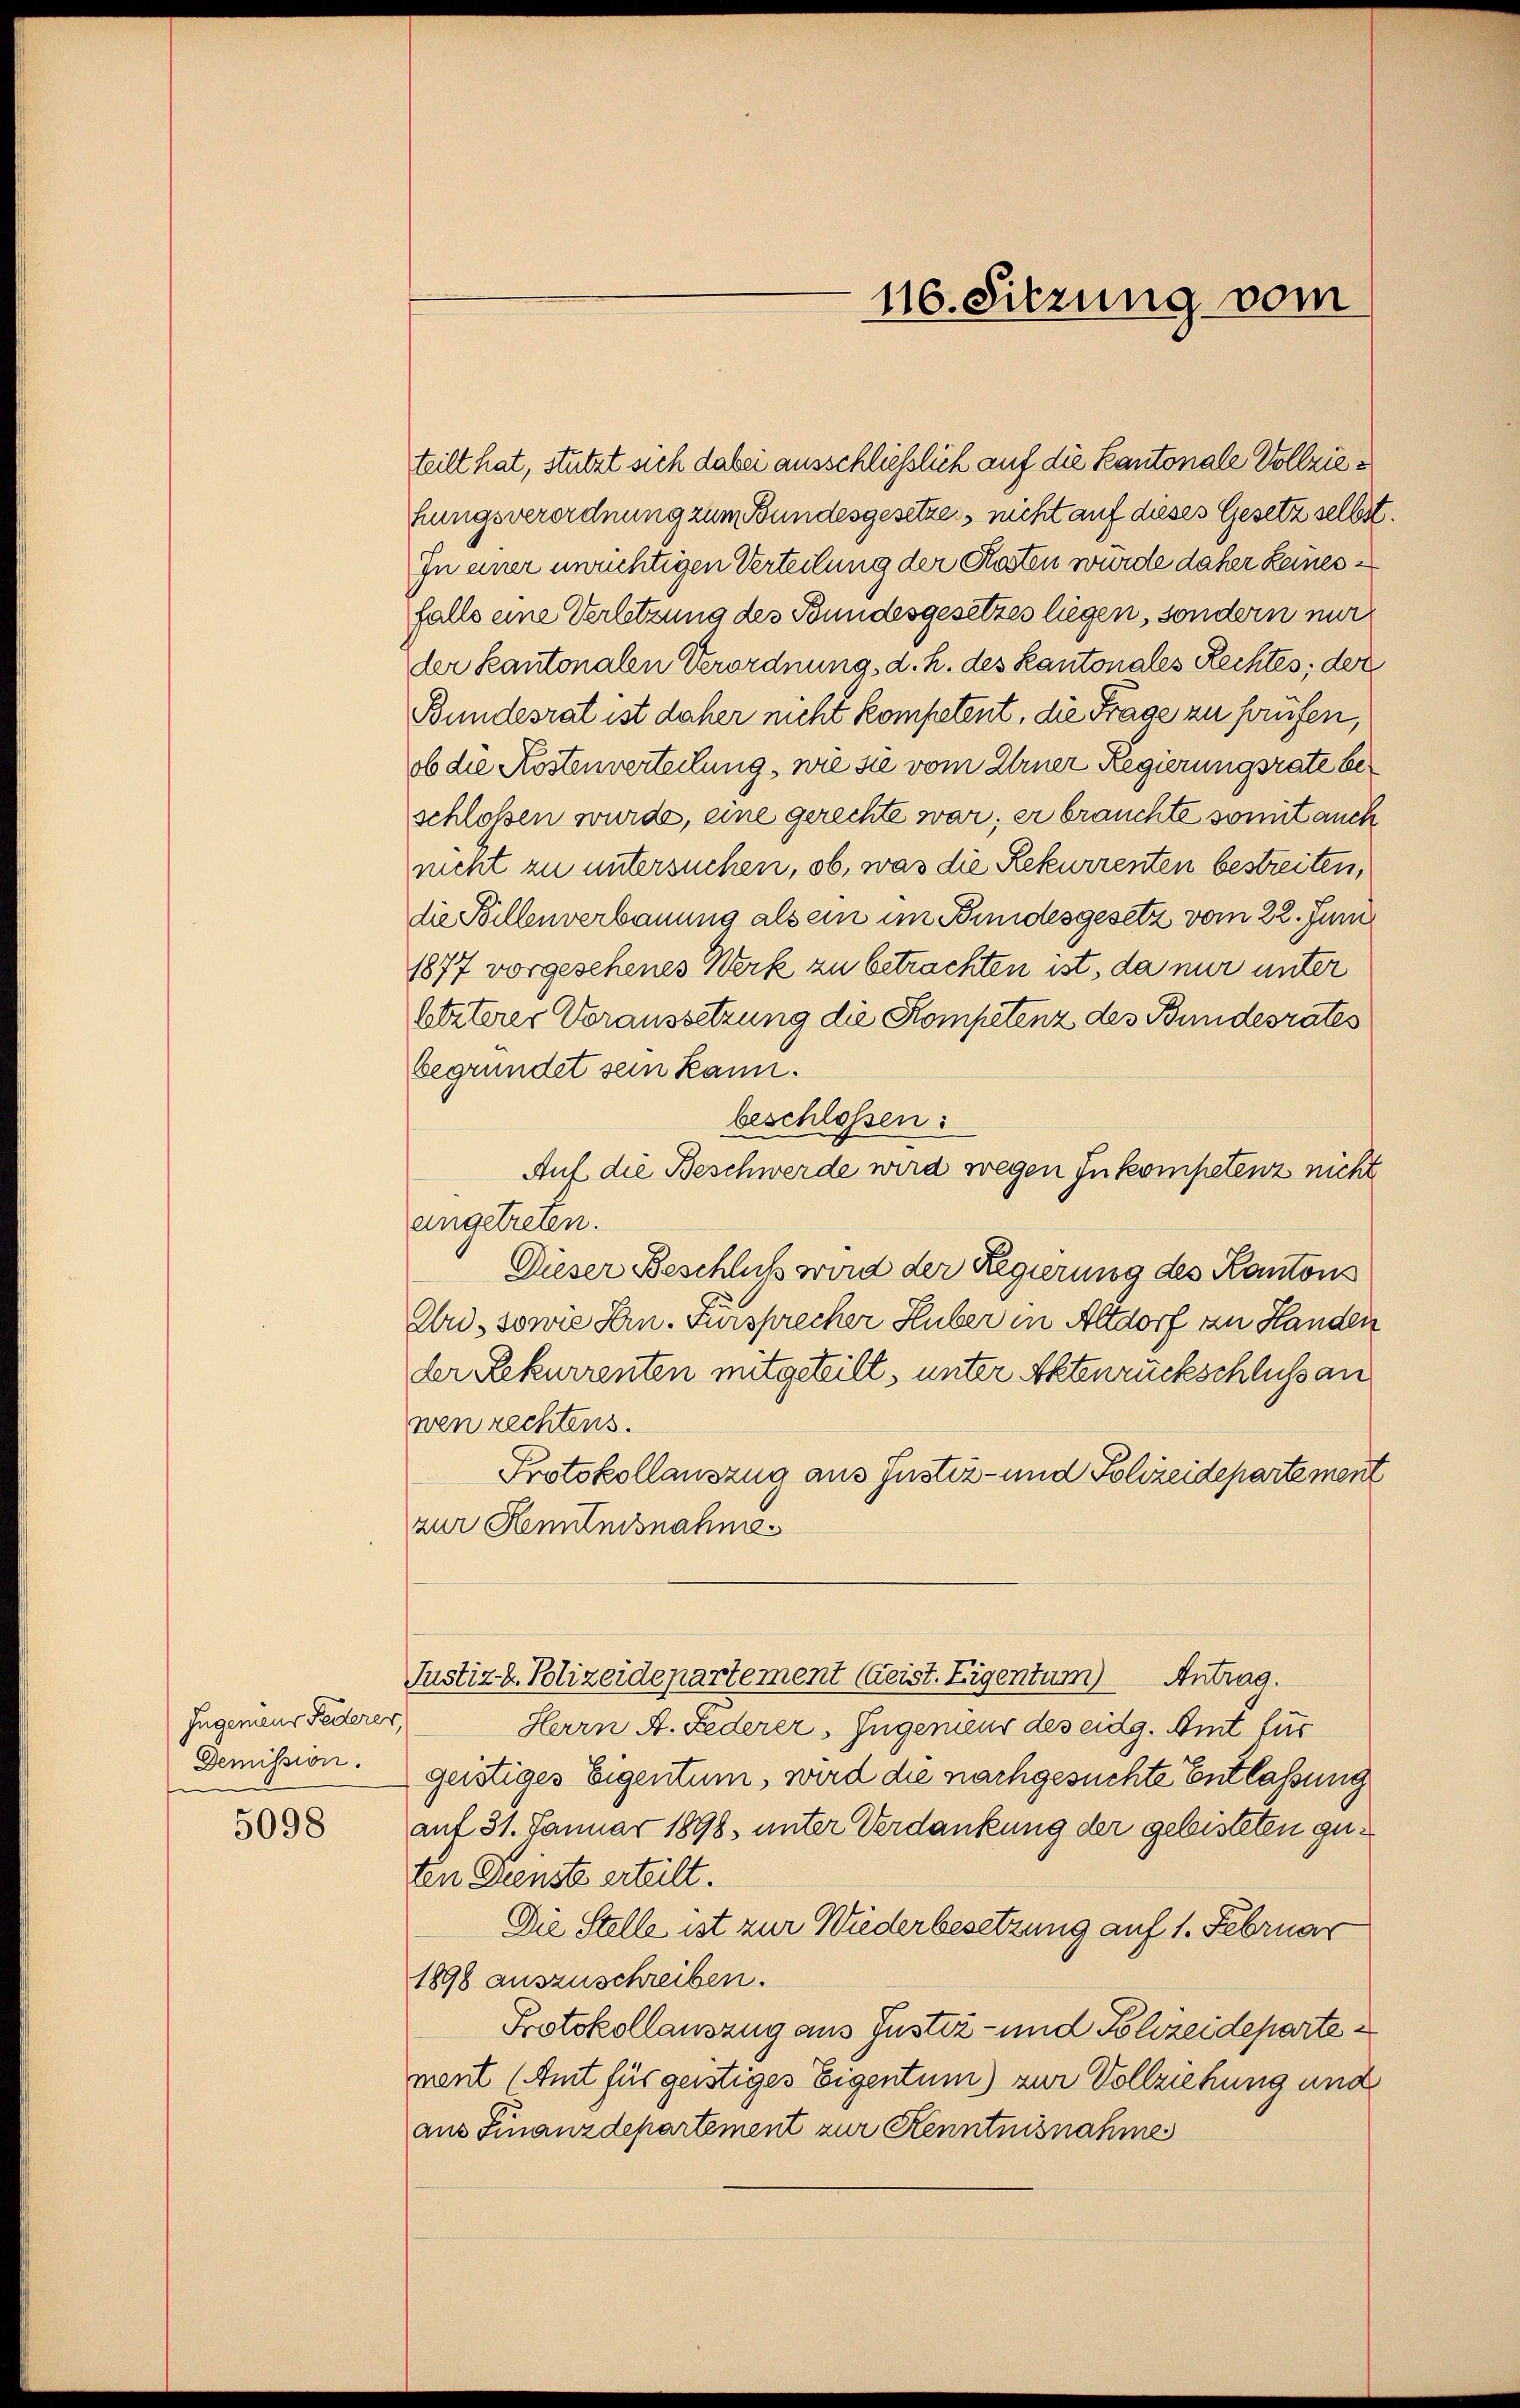
Ingenieur Federer,
Demission.
5098

116. Sitzung vom

teilt hat, stützt sich dabei ausschließlich auf die Kantonale Vollziehungsverordnung zum Bundesgesetzes, nicht auf dieses Gesetz selbst.
In einer unrichtigen Verteilung der Kosten wurde daher keinesfalls eine Verletzung des Bundesgesetzes liegen, sondern nur
der Kantonalen Verordnung, d. h. des Kantonales Rechtes, der
Bundesrat ist daher nicht kompetent, die Frage zu prüfen,
ob die Kostenverteilung, wie sie vom Urner Regierungsrate beschlossen wurde, eine gerechte war; er brauchte somit auch
nicht zu untersuchen, ob, was die Rekurrenten bestreiten,
die Billenverbauung als ein im Bundesgesetz vom 22. Juni
1877 vorgesehenes Werk zu betrachten ist, da nur unter
Eiterer Voraussetzung die Kompetenz des Bundesrates
begründet sein kann.
beschlossen:
Auf die Beschwerde wird wegen Inkompetenz nicht
angetreten.
Dieser Beschluß wird der Regierung des Kantons
Ebri, sowie Hrn. Fürsprecher Huber in Altdorf zu Handen
der Rekurrenten mitgeteilt, unter Aktenrückschluß an
wen rechtens.
Protokollauszug aus Justiz- und Polizeidepartement
zur Kenntnisnahme¬
Justiz & Polizeidepartement (Geist. Eigentum Antrag.
Herrn A. Federer, Ingenieur des eidg. Amt für
geistiges Eigentum, wird die nachgesuchte Entlassung
auf 31. Januar 1898, unter Verdankung der gebisteten guten Dienste erteilt.
Die Stelle ist zur Wiederbesetzung auf 1. Februar
1898 auszuschreiben.
Protokollauszug aus Justiz- und Polizeideparte
ment (Amt für geistiges Eigentum) zur Vollziehung und
aus Finanzdepartement zur Kenntnisnahme